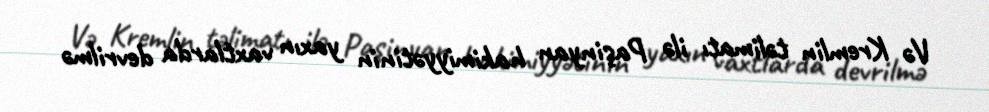
Və Kremlin təlimatı ilə Paşinyan hakimiyyətinin yaxın vaxtlarda devrilmə